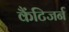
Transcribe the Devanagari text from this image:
कैंटिजर्न